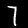
Digit: 7